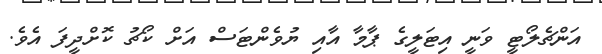
އަންޗެލޯޓީ ވަނީ އިޓަލީގެ ޕާމާ އާއި ޔުވެންޓަސް އަށް ކޯޗު ކޮށްދީފަ އެވެ.